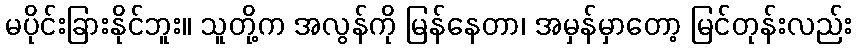
မပိုင်းခြားနိုင်ဘူး။ သူတို့က အလွန်ကို မြန်နေတာ၊ အမှန်မှာတော့ မြင်တုန်းလည်း